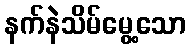
နက်နဲသိမ်မွေ့သော